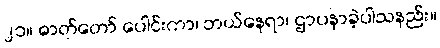
၂၁။ ဓာတ်တော် ပေါင်းကာ၊ ဘယ်နေရာ၊ ဌာပနာခဲ့ပါသနည်း။